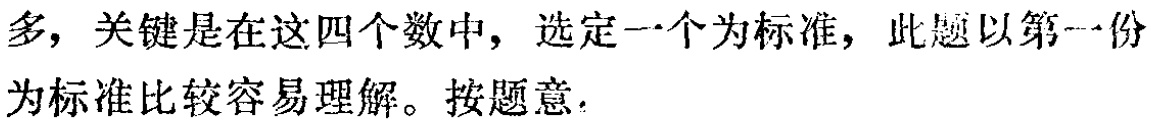
多，关键是在这四个数中，选定一个为标准，此题以第一份为标准比较容易理解。按题意.